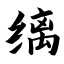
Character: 缡